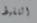
اللقيط